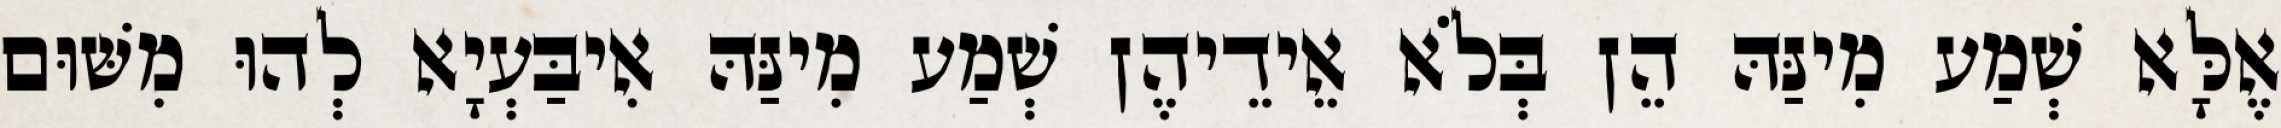
אֶלָּא שְׁמַע מִינַּהּ הֵן בְּלֹא אֵידֵיהֶן שְׁמַע מִינַּהּ אִיבַּעְיָא לְהוּ מִשּׁוּם